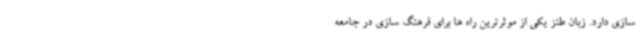
سازی دارد. زبان طنز یکی از موثرترین راه ها برای فرهنگ سازی در جامعه